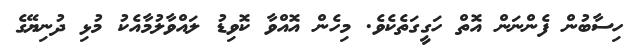
ހިސާބުން ފެންނަން އޮތް ހަގީގަތެކެވެ. މިހެން އޮއްވާ ކޮވިޑު ލައްވާލުމާއެކު މުޅި ދުނިޔޭގެ